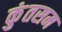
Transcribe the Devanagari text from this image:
कुंतसम